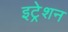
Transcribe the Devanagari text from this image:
इट्रेशन